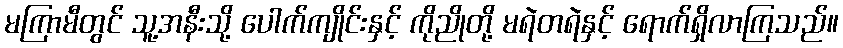
မကြာမီတွင် သူ့အနီးသို့ ပေါက်ကျိုင်းနှင့် ကိုညိုတို့ မရဲတရဲနှင့် ရောက်ရှိလာကြသည်။